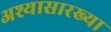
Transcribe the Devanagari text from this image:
अश्यासारख्या